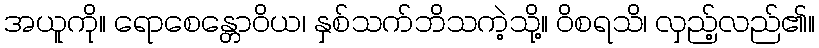
အယူကို။ ရောစေန္တောဝိယ၊ နှစ်သက်ဘိသကဲ့သို့။ ဝိစရသိ၊ လှည့်လည်၏။